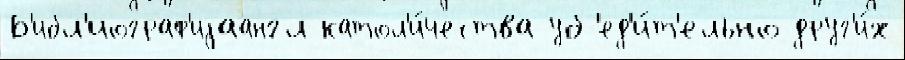
Б'ибл'иограф'иjаангл катол'и́чества уб'ед'и́т'ельно друг'и́х